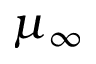
\mu _ { \infty }